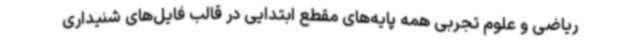
ریاضی و علوم تجربی همه پایه‌های مقطع ابتدایی در قالب فایل‌های شنیداری